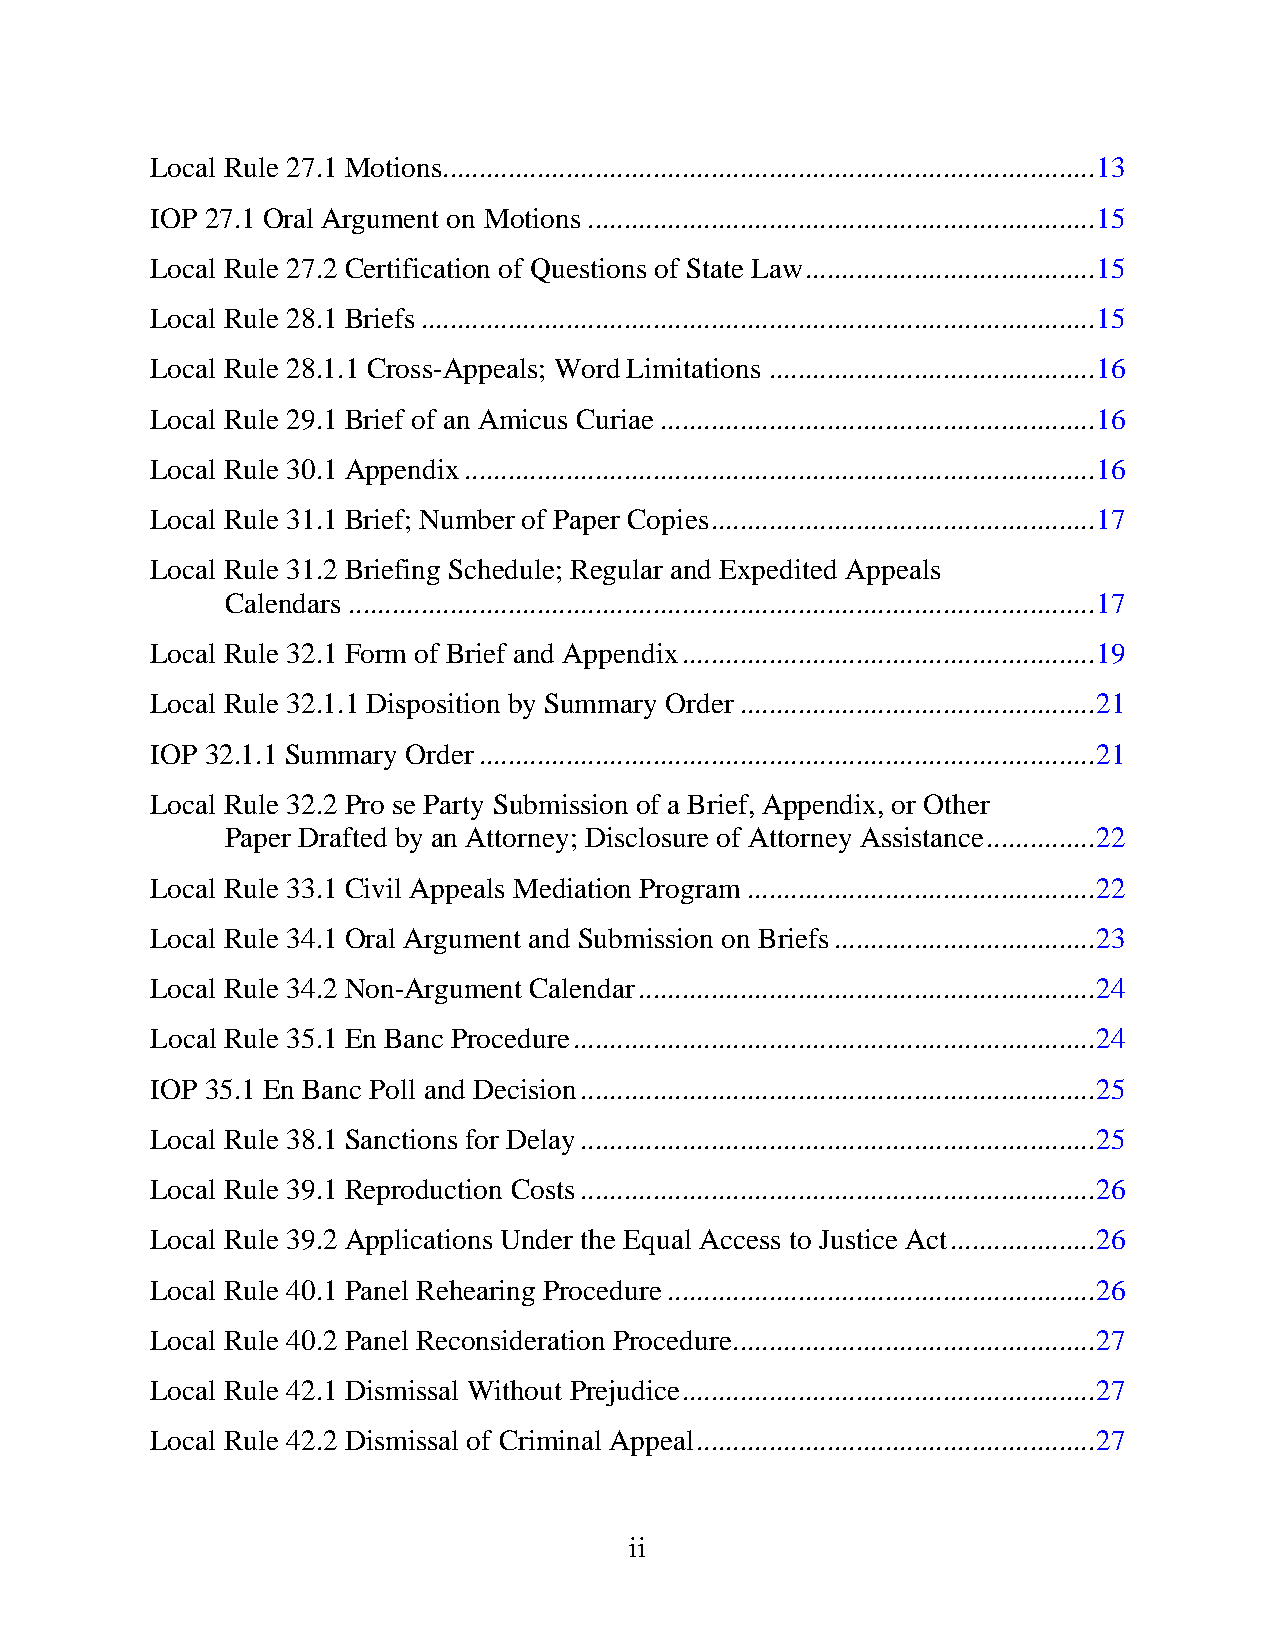
Local Rule 27.1 Motions .......................................................................................... 13
 IOP 27.1 Oral Argument on Motions ...................................................................... 15
 Local Rule 27.2 Certification of Questions of State Law ........................................ 15
 Local Rule 28.1 Briefs ............................................................................................. 15
 Local Rule 28.1.1 Cross-Appeals; Word Limitations ............................................. 16
 Local Rule 29.1 Brief of an Amicus Curiae ............................................................ 16
 Local Rule 30.1 Appendix ....................................................................................... 16
 Local Rule 31.1 Brief; Number of Paper Copies ..................................................... 17
 Local Rule 31.2 Briefing Schedule; Regular and Expedited Appeals
 Calendars ....................................................................................................... 17
 Local Rule 32.1 Form of Brief and Appendix ......................................................... 19
 Local Rule 32.1.1 Disposition by Summary Order ................................................. 21
 IOP 32.1.1 Summary Order ..................................................................................... 21
 Local Rule 32.2 Pro se Party Submission of a Brief, Appendix, or Other
 Paper Drafted by an Attorney; Disclosure of Attorney Assistance ............... 22
 Local Rule 33.1 Civil Appeals Mediation Program ................................................ 22
 Local Rule 34.1 Oral Argument and Submission on Briefs .................................... 23
 Local Rule 34.2 Non-Argument Calendar ............................................................... 24
 Local Rule 35.1 En Banc Procedure ........................................................................ 24
 IOP 35.1 En Banc Poll and Decision ....................................................................... 25
 Local Rule 38.1 Sanctions for Delay ....................................................................... 25
 Local Rule 39.1 Reproduction Costs ....................................................................... 26
 Local Rule 39.2 Applications Under the Equal Access to Justice Act .................... 26
 Local Rule 40.1 Panel Rehearing Procedure ........................................................... 26
 Local Rule 40.2 Panel Reconsideration Procedure .................................................. 27
 Local Rule 42.1 Dismissal Without Prejudice ......................................................... 27
 Local Rule 42.2 Dismissal of Criminal Appeal ....................................................... 27
 ii